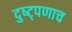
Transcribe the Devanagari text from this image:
दुष्ट्पणाच